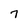
Character: 7